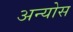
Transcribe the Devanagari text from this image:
अन्योस